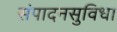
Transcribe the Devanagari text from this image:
संपादनसुविधा